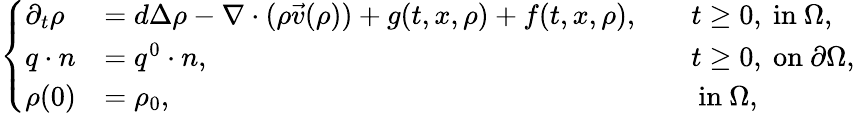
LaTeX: \left\{ \begin{array}{llll}{\partial_{t}\rho}&{=d\Delta\rho-\nabla\cdot(\rho\vec{v}(\rho))+g(t,x,\rho)+f(t,x,\rho),}&{\quad t\geq 0,\mathrm{~in~}\Omega,}\\ {q\cdot n}&{=q^{0}\cdot n,}&{\quad t\geq 0,\mathrm{~on~}\partial\Omega,}\\ {\rho(0)}&{=\rho_{0},}&{\quad\mathrm{~in~}\Omega,}\end{array}\right.